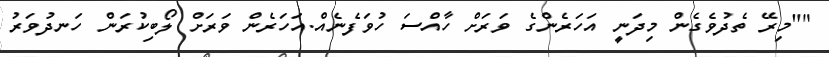
""މިރޭ ތެދުވެގެން މިދަނީ އަހަރެންގެ ވަރަށް ހާއްސަ ހުވަފެނެއް.އަހަރެން ވަރަށް ލޯބިކުރަން ހަނދުވަރު